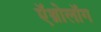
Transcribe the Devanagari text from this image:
ऍथ्नोलॉग